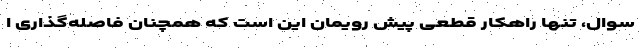
سوال، تنها راهکار قطعی پیش رویمان این است که همچنان فاصله‌گذاری ا